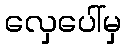
လှေပေါ်မှ